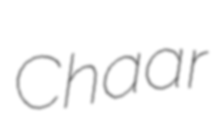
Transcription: Chaar